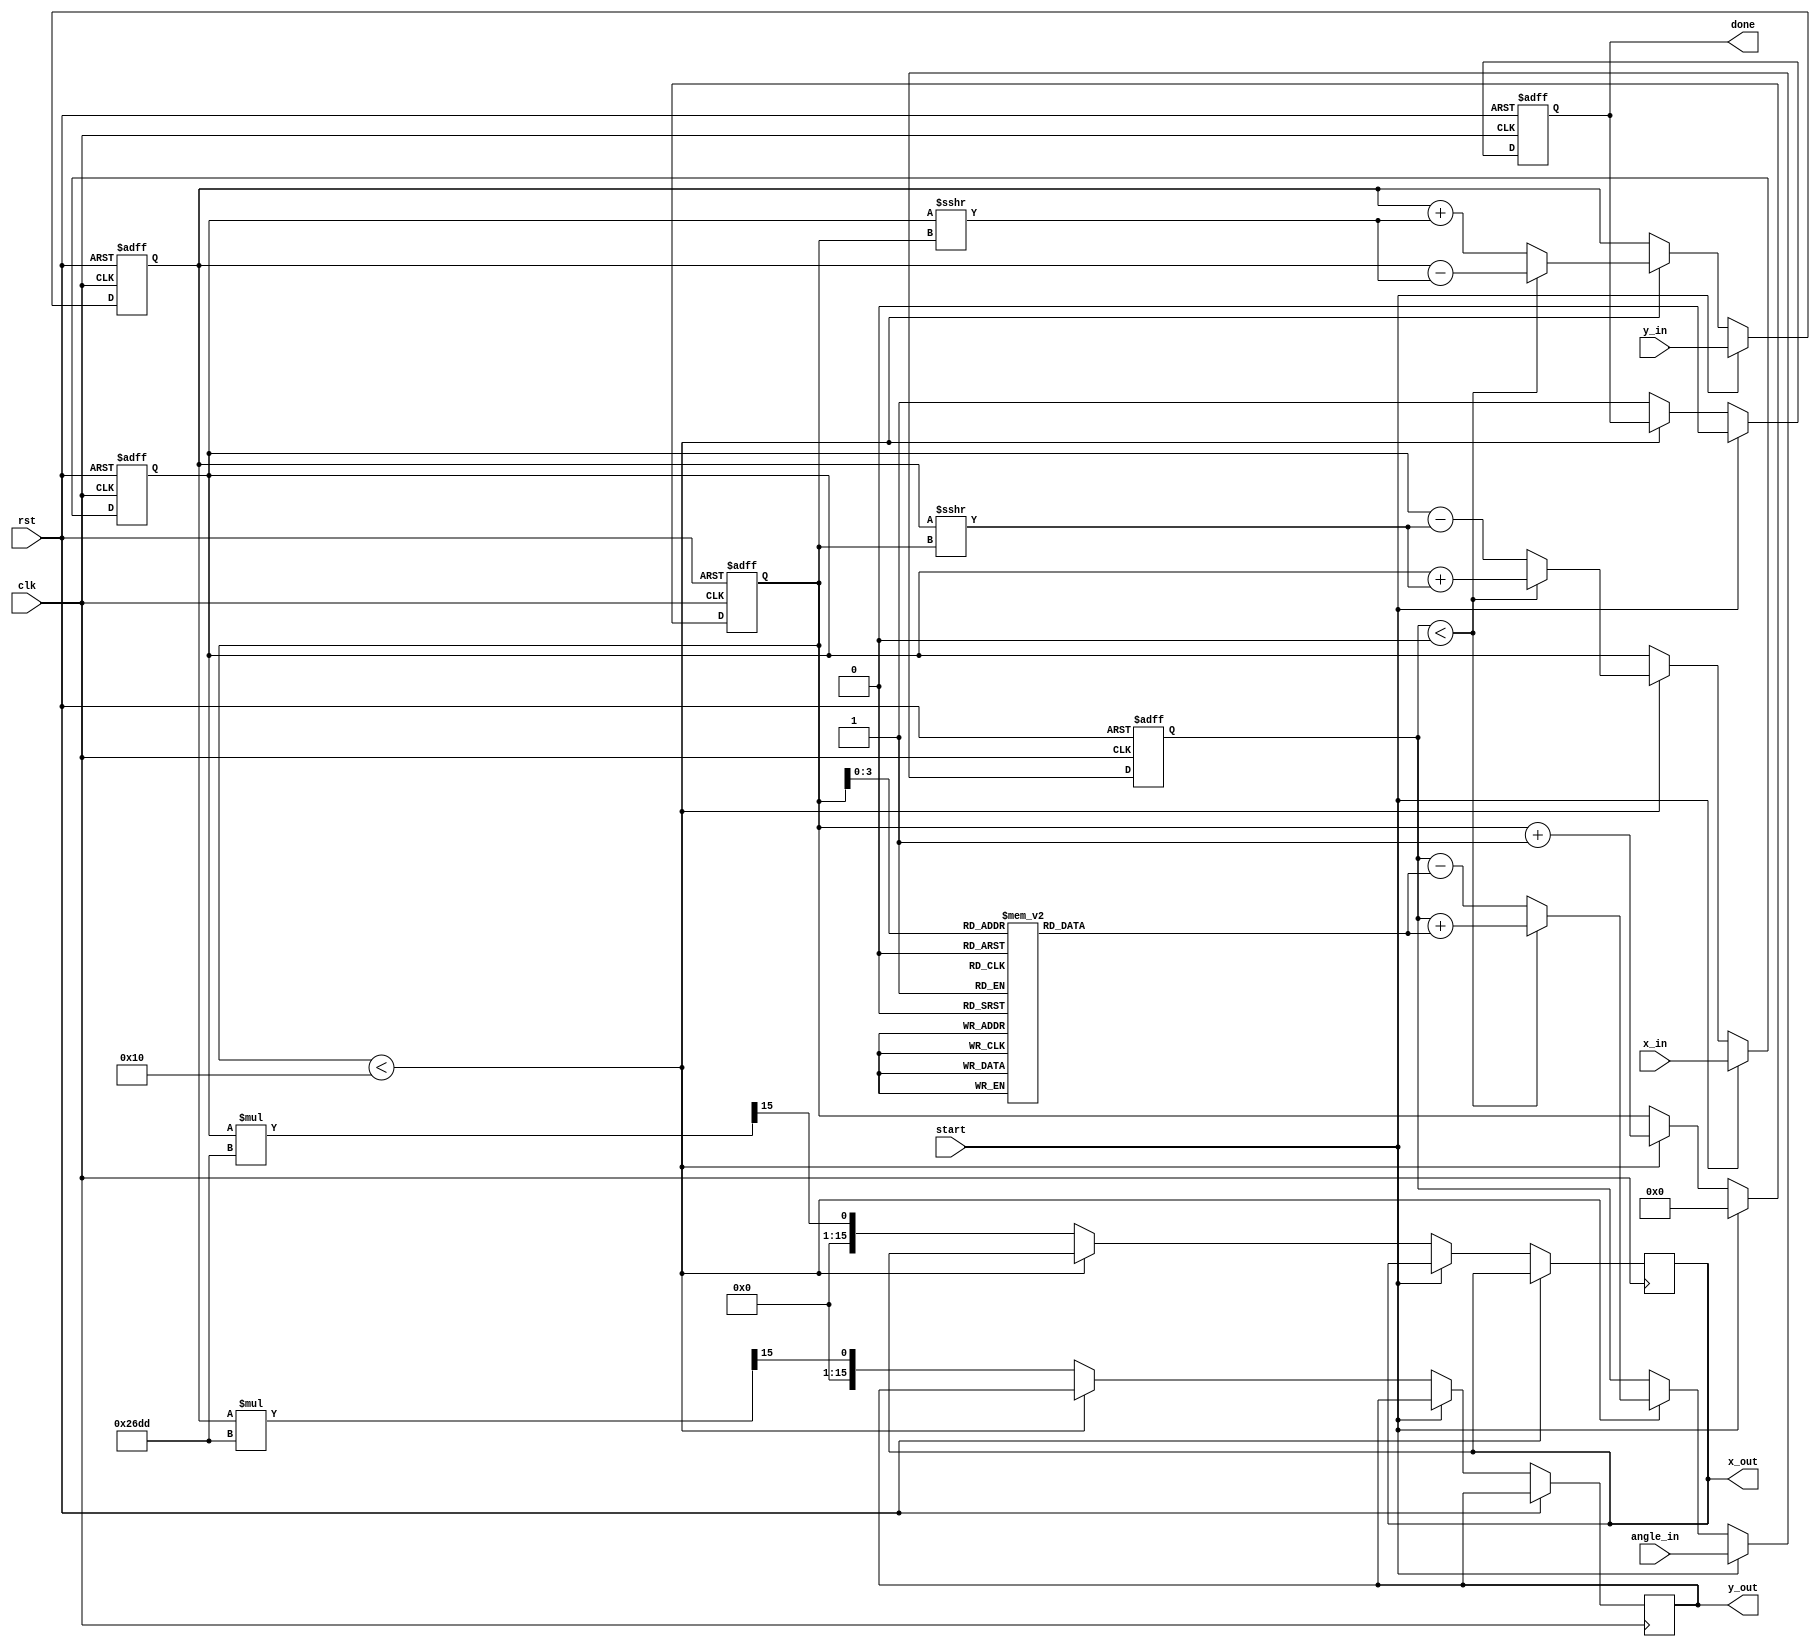
module modified_cordic #(
    parameter WIDTH = 16, // Input width (16-bit or 32-bit)
    parameter ITERATIONS = 16 // Number of iterations
)(
    input wire clk,
    input wire rst,
    input wire start,
    input wire [WIDTH-1:0] x_in, // Input X coordinate
    input wire [WIDTH-1:0] y_in, // Input Y coordinate
    input wire [WIDTH-1:0] angle_in, // Input angle in radians
    output reg [WIDTH-1:0] x_out, // Output X coordinate
    output reg [WIDTH-1:0] y_out, // Output Y coordinate
    output reg done // Operation done flag
);

    // Internal signals
    reg [WIDTH-1:0] x, y, angle;
    reg [4:0] iteration; // Iteration counter
    reg [WIDTH-1:0] atan_table [0:ITERATIONS-1]; // Lookup table for arctangent values
    reg [WIDTH-1:0] scaling_factor; // Scaling factor

    // Initialize arctangent values (example values for 16 iterations)
    initial begin
        atan_table[0] = 16'h2000; // atan(2^-0)
        atan_table[1] = 16'h1000; // atan(2^-1)
        atan_table[2] = 16'h0800; // atan(2^-2)
        atan_table[3] = 16'h0400; // atan(2^-3)
        atan_table[4] = 16'h0200; // atan(2^-4)
        atan_table[5] = 16'h0100; // atan(2^-5)
        atan_table[6] = 16'h0080; // atan(2^-6)
        atan_table[7] = 16'h0040; // atan(2^-7)
        atan_table[8] = 16'h0020; // atan(2^-8)
        atan_table[9] = 16'h0010; // atan(2^-9)
        atan_table[10] = 16'h0008; // atan(2^-10)
        atan_table[11] = 16'h0004; // atan(2^-11)
        atan_table[12] = 16'h0002; // atan(2^-12)
        atan_table[13] = 16'h0001; // atan(2^-13)
        atan_table[14] = 16'h0000; // atan(2^-14)
        atan_table[15] = 16'h0000; // atan(2^-15)
    end

    // Scaling factor for CORDIC
    initial begin
        scaling_factor = 16'h26DD; // Approximation of 1/sqrt(1 + 2^-2) for 16 iterations
    end

    // Control unit
    always @(posedge clk or posedge rst) begin
        if (rst) begin
            x <= 0;
            y <= 0;
            angle <= 0;
            iteration <= 0;
            done <= 0;
        end else if (start) begin
            x <= x_in;
            y <= y_in;
            angle <= angle_in;
            iteration <= 0;
            done <= 0;
        end else if (iteration < ITERATIONS) begin
            // CORDIC iteration logic
            if (angle < 0) begin
                // Rotate clockwise
                x <= x + (y >>> iteration);
                y <= y - (x >>> iteration);
                angle <= angle + atan_table[iteration];
            end else begin
                // Rotate counterclockwise
                x <= x - (y >>> iteration);
                y <= y + (x >>> iteration);
                angle <= angle - atan_table[iteration];
            end
            iteration <= iteration + 1;
        end else begin
            // Final scaling
            x_out <= x * scaling_factor >>> 15; // Adjust for scaling
            y_out <= y * scaling_factor >>> 15; // Adjust for scaling
            done <= 1;
        end
    end

endmodule